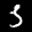
Label: 3